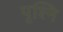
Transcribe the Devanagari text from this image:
पृश्नि